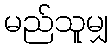
မည်သူမျှ